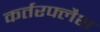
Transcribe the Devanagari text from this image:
कर्तरफ्लैश